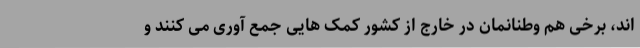
اند، برخی هم وطنانمان در خارج از کشور کمک هایی جمع آوری می کنند و